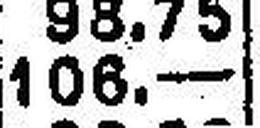
106.—